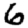
Digit: 6